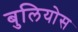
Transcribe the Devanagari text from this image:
बुलियोस